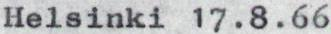
Helsinki 17.8.66